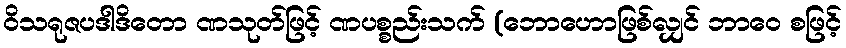
ဝိသရုဇပဒါဒိတော ဏသုတ်ဖြင့် ဏပစ္စည်းသက် (ဘောဟောဖြစ်လျှင် ဘာဝေ စဖြင့်